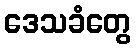
ဒေသခံတွေ